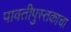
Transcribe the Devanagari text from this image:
पावतीपुस्तकाचा